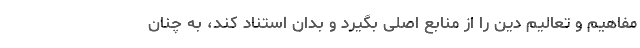
مفاهیم و تعالیم دین را از منابع اصلی بگیرد و بدان استناد کند، به چنان